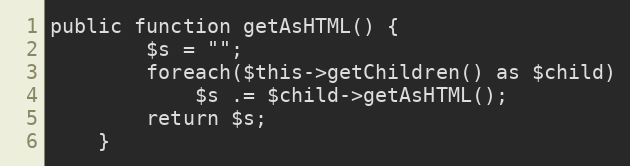
Language: PHP
public function getAsHTML() {
        $s = "";
        foreach($this->getChildren() as $child)
            $s .= $child->getAsHTML();
        return $s;
    }